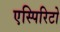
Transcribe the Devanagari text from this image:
एस्पिरिटो